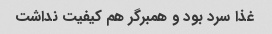
غذا سرد بود و همبرگر هم کیفیت نداشت